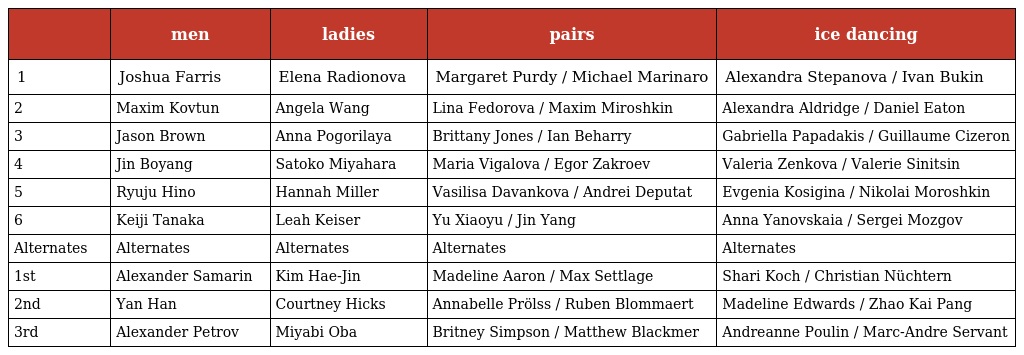
|  | men | ladies | pairs | ice dancing |
 | --- | --- | --- | --- | --- |
 | 1 | Joshua Farris | Elena Radionova | Margaret Purdy / Michael Marinaro | Alexandra Stepanova / Ivan Bukin |
 | 2 | Maxim Kovtun | Angela Wang | Lina Fedorova / Maxim Miroshkin | Alexandra Aldridge / Daniel Eaton |
 | 3 | Jason Brown | Anna Pogorilaya | Brittany Jones / Ian Beharry | Gabriella Papadakis / Guillaume Cizeron |
 | 4 | Jin Boyang | Satoko Miyahara | Maria Vigalova / Egor Zakroev | Valeria Zenkova / Valerie Sinitsin |
 | 5 | Ryuju Hino | Hannah Miller | Vasilisa Davankova / Andrei Deputat | Evgenia Kosigina / Nikolai Moroshkin |
 | 6 | Keiji Tanaka | Leah Keiser | Yu Xiaoyu / Jin Yang | Anna Yanovskaia / Sergei Mozgov |
 | Alternates | Alternates | Alternates | Alternates | Alternates |
 | 1st | Alexander Samarin | Kim Hae-Jin | Madeline Aaron / Max Settlage | Shari Koch / Christian Nüchtern |
 | 2nd | Yan Han | Courtney Hicks | Annabelle Prölss / Ruben Blommaert | Madeline Edwards / Zhao Kai Pang |
 | 3rd | Alexander Petrov | Miyabi Oba | Britney Simpson / Matthew Blackmer | Andreanne Poulin / Marc-Andre Servant |